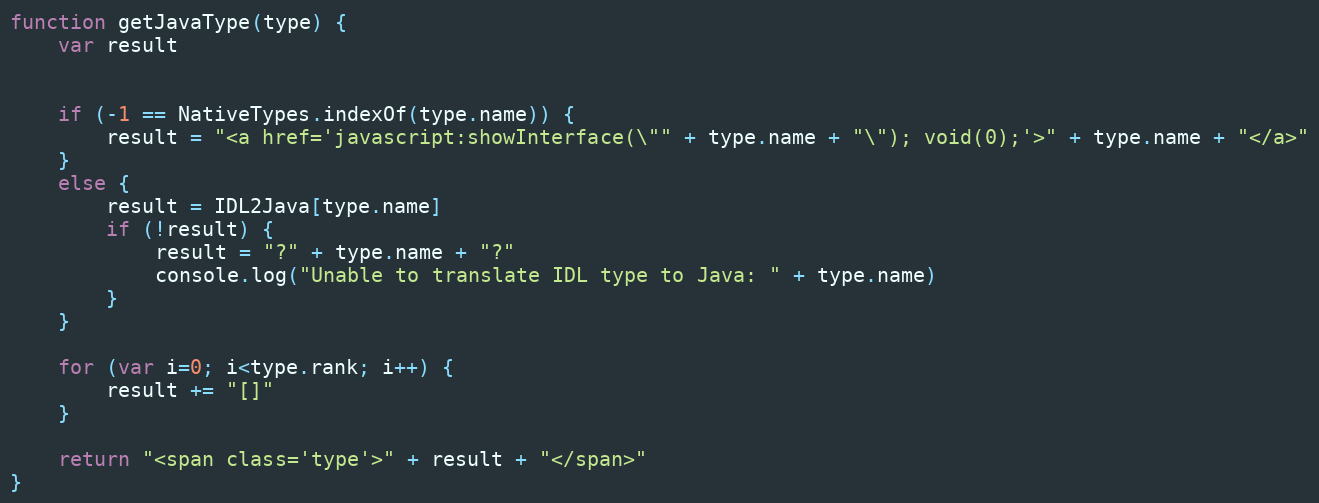
Language: JavaScript
function getJavaType(type) {
    var result

    if (-1 == NativeTypes.indexOf(type.name)) {
        result = "<a href='javascript:showInterface(\"" + type.name + "\"); void(0);'>" + type.name + "</a>"
    }
    else {
        result = IDL2Java[type.name]
        if (!result) {
            result = "?" + type.name + "?"
            console.log("Unable to translate IDL type to Java: " + type.name)
        }
    }

    for (var i=0; i<type.rank; i++) {
        result += "[]"
    }

    return "<span class='type'>" + result + "</span>"
}